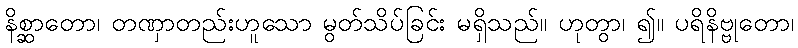
နိစ္ဆာတော၊ တဏှာတည်းဟူသော မွတ်သိပ်ခြင်း မရှိသည်။ ဟုတွာ၊ ၍။ ပရိနိဗ္ဗုတော၊